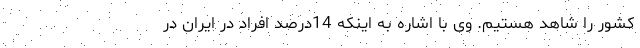
کشور را شاهد هستیم. وی با اشاره به اینکه 14درصد افراد در ایران در